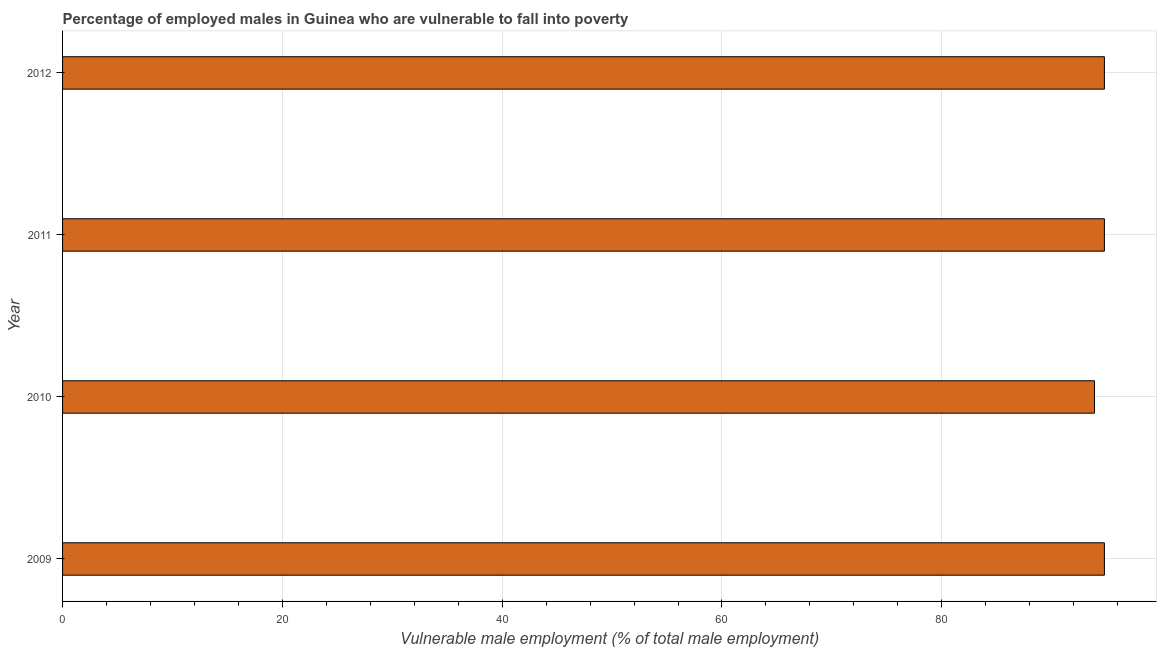
| Year | Percentage of employed males who are vulnerable to fall into poverty |
 | --- | --- |
 | 2009 | 94.8 |
 | 2010 | 93.9 |
 | 2011 | 94.8 |
 | 2012 | 94.8 |